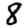
Digit: 8